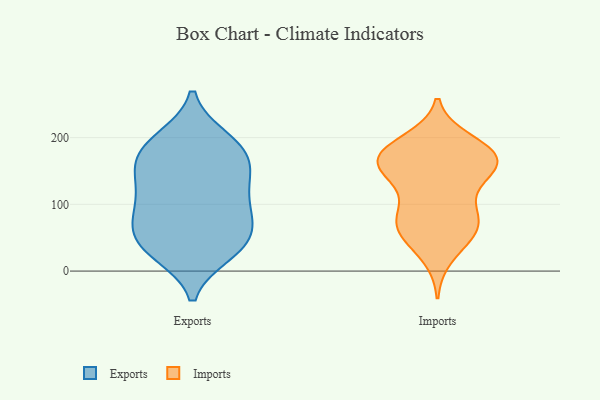
{"axis": {"x": "Demand Index", "y": "Value"}, "legend": ["Exports", "Imports"], "data": [{"x": "", "y": 93, "type": "Exports"}, {"x": "", "y": 196, "type": "Exports"}, {"x": "", "y": 198, "type": "Exports"}, {"x": "", "y": 27, "type": "Exports"}, {"x": "", "y": 178, "type": "Exports"}, {"x": "", "y": 57, "type": "Exports"}, {"x": "", "y": 133, "type": "Exports"}, {"x": "", "y": 142, "type": "Exports"}, {"x": "", "y": 161, "type": "Exports"}, {"x": "", "y": 72, "type": "Exports"}, {"x": "", "y": 30, "type": "Exports"}, {"x": "", "y": 73, "type": "Exports"}, {"x": "", "y": 155, "type": "Exports"}, {"x": "", "y": 114, "type": "Exports"}, {"x": "", "y": 97, "type": "Exports"}, {"x": "", "y": 37, "type": "Exports"}, {"x": "", "y": 41, "type": "Exports"}, {"x": "", "y": 182, "type": "Exports"}, {"x": "", "y": 164, "type": "Imports"}, {"x": "", "y": 160, "type": "Imports"}, {"x": "", "y": 151, "type": "Imports"}, {"x": "", "y": 91, "type": "Imports"}, {"x": "", "y": 162, "type": "Imports"}, {"x": "", "y": 56, "type": "Imports"}, {"x": "", "y": 157, "type": "Imports"}, {"x": "", "y": 76, "type": "Imports"}, {"x": "", "y": 87, "type": "Imports"}, {"x": "", "y": 57, "type": "Imports"}, {"x": "", "y": 187, "type": "Imports"}, {"x": "", "y": 182, "type": "Imports"}, {"x": "", "y": 22, "type": "Imports"}, {"x": "", "y": 177, "type": "Imports"}, {"x": "", "y": 173, "type": "Imports"}, {"x": "", "y": 59, "type": "Imports"}, {"x": "", "y": 195, "type": "Imports"}, {"x": "", "y": 145, "type": "Imports"}, {"x": "", "y": 71, "type": "Imports"}, {"x": "", "y": 124, "type": "Imports"}]}